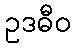
ဥဒဓီဝ